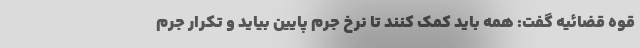
قوه قضائیه گفت: همه باید کمک کنند تا نرخ جرم پایین بیاید و تکرار جرم